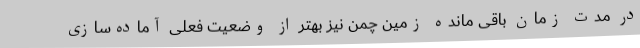
در مدت زمان باقی مانده زمین چمن نیز بهتر از وضعیت فعلی آماده‌سازی